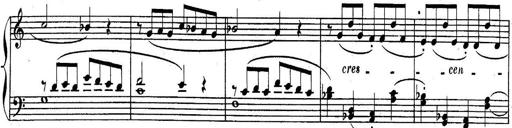
Title: Sonatina for Piano
Composer: BÃ©la BartÃ³k